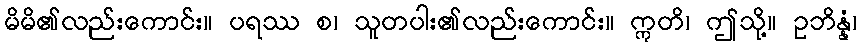
မိမိ၏လည်းကောင်း။ ပရဿ စ၊ သူတပါး၏လည်းကောင်း။ ဣတိ၊ ဤသို့။ ဥဘိန္နံ၊